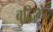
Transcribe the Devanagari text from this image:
बुद्धिभेद